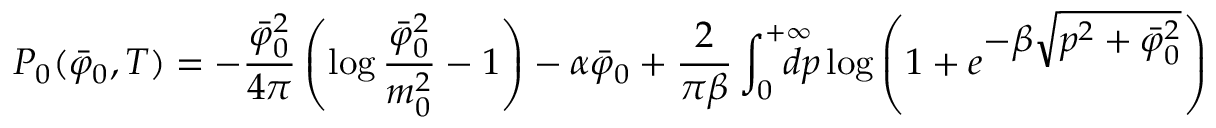
{ \cal P } _ { 0 } ( \bar { \varphi } _ { 0 } , T ) = - { \frac { \bar { \varphi } _ { 0 } ^ { 2 } } { 4 \pi } } \left( \log { \frac { \bar { \varphi } _ { 0 } ^ { 2 } } { m _ { 0 } ^ { 2 } } } - 1 \right) - \alpha \bar { \varphi } _ { 0 } + { \frac { 2 } { \pi \beta } } \int _ { 0 } ^ { + \infty } \! \! \! \! \! \! { d p } \log \left( 1 + e ^ { \displaystyle - \beta \sqrt { p ^ { 2 } + \bar { \varphi } _ { 0 } ^ { 2 } } } \right)